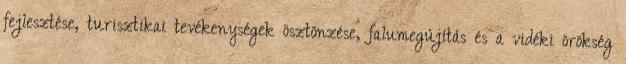
fejlesztése, turisztikai tevékenységek ösztönzése, falumegújítás és a vidéki örökség